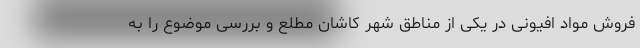
فروش مواد افیونی در یکی از مناطق شهر کاشان مطلع و بررسی موضوع را به